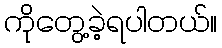
ကိုတွေ့ခဲ့ရပါတယ်။